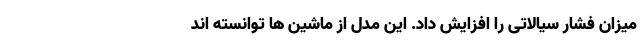
میزان فشار سیالاتی را افزایش داد. این مدل از ماشین ها توانسته اند